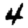
Digit: 4